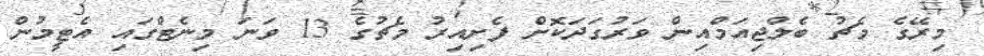
މިރޭގެ މެޗު ބެލްޖިއަމްއިން ވަރުގަދަކޮށް ފެށިއިރު މެޗުގެ 13 ވަނަ މިނެޓްގައި އެޓީމުން